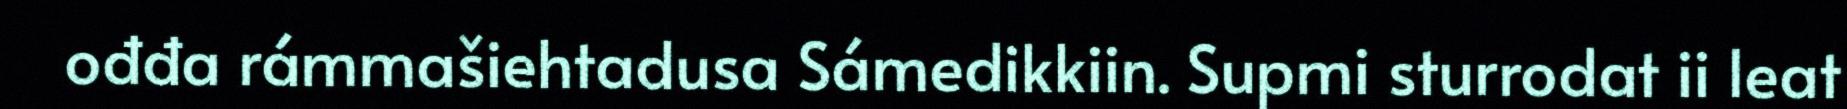
ođđa rámmašiehtadusa Sámedikkiin. Supmi sturrodat ii leat